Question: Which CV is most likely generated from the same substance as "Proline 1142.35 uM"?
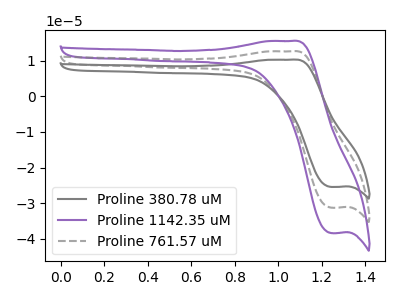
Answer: <think>The gray curve "Proline 380.78 uM" has an anodic peak at (1.05V, 10.30uA) and a cathodic peak at (1.25V, -25.45uA). The purple curve "Proline 1142.35 uM" has an anodic peak at (1.05V, 25.35uA) and a cathodic peak at (1.25V, -62.55uA). The gray dashed curve "Proline 761.57 uM" has an anodic peak at (1.05V, 12.65uA) and a cathodic peak at (1.25V, -31.25uA).
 All the peaks in "Proline 380.78 uM" have a peak in "Proline 1142.35 uM" at the same potential. Every peak in "Proline 380.78 uM" is lower than every peak in "Proline 1142.35 uM". All the peaks in "Proline 380.78 uM" have a peak in "Proline 761.57 uM" at the same potential. Every peak in "Proline 380.78 uM" is lower than every peak in "Proline 761.57 uM". All the peaks in "Proline 1142.35 uM" have a peak in "Proline 761.57 uM" at the same potential. Every peak in "Proline 1142.35 uM" is higher than every peak in "Proline 761.57 uM".</think>
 <answer>"Proline 1142.35 uM" and "Proline 761.57 uM" have a similar shape to "Proline 380.78 uM".</answer>
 <eval>"Proline 1142.35 uM" "Proline 761.57 uM"</eval>